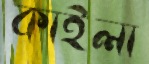
কাইলা